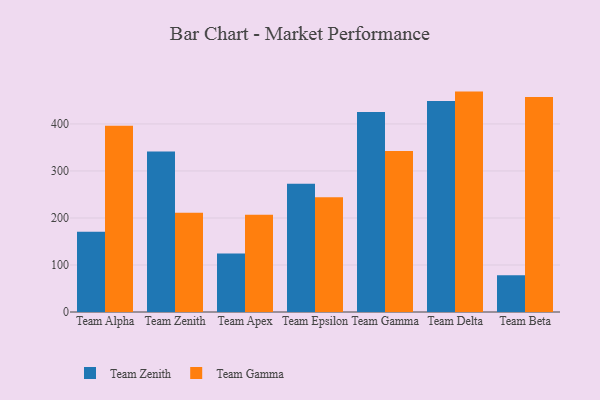
{"axis": {"x": "Team", "y": "Tickets Resolved"}, "legend": ["Team Gamma", "Team Zenith"], "data": [{"x": "Team Alpha", "y": 170.6, "type": "Team Zenith"}, {"x": "Team Alpha", "y": 396.3, "type": "Team Gamma"}, {"x": "Team Zenith", "y": 341.3, "type": "Team Zenith"}, {"x": "Team Zenith", "y": 210.9, "type": "Team Gamma"}, {"x": "Team Apex", "y": 124.6, "type": "Team Zenith"}, {"x": "Team Apex", "y": 206.9, "type": "Team Gamma"}, {"x": "Team Epsilon", "y": 272.9, "type": "Team Zenith"}, {"x": "Team Epsilon", "y": 244.2, "type": "Team Gamma"}, {"x": "Team Gamma", "y": 425.2, "type": "Team Zenith"}, {"x": "Team Gamma", "y": 342.2, "type": "Team Gamma"}, {"x": "Team Delta", "y": 448.9, "type": "Team Zenith"}, {"x": "Team Delta", "y": 468.8, "type": "Team Gamma"}, {"x": "Team Beta", "y": 78.3, "type": "Team Zenith"}, {"x": "Team Beta", "y": 457.4, "type": "Team Gamma"}]}